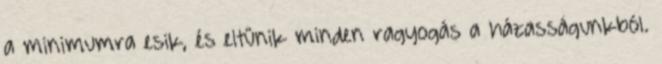
a minimumra esik, és eltűnik minden ragyogás a házasságunkból.